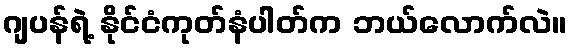
ဂျပန်ရဲ့ နိုင်ငံကုတ်နံပါတ်က ဘယ်လောက်လဲ။